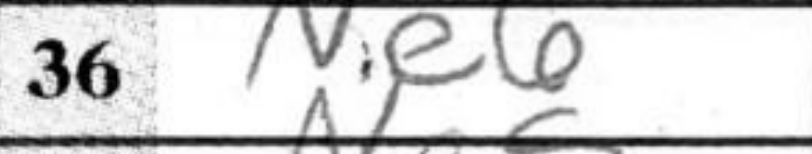
Transcription: Ne6